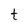
Character: t